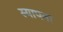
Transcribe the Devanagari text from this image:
स्यापना